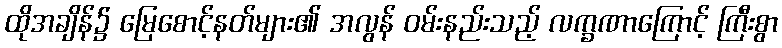
ထိုအချိန်၌ မြေစောင့်နတ်များ၏ အလွန် ဝမ်းနည်းသည့် လက္ခဏာကြောင့် ကြီးစွာ